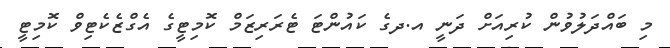
މި ބައްދަލުވުން ކުރިއަށް ދަނީ އ.ދގެ ކައުންޓަ ޓެރަރިޒަމް ކޮމިޓީގެ އެގްޒެކެޓިވް ކޮމިޓީ